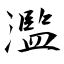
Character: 濫